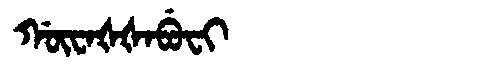
Manchu: ᡤᡡᠸᠠᡧᡧᠠᠪᡠᠸᡳ
Romanization: GŪWAŠŠABUFI